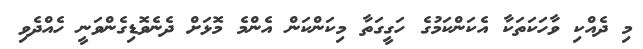
މި ދެއްކި ވާހަކަތަކާ އެކަންކަމުގެ ހަގީގަތާ މިކަންކަން އެންމެ މޮޅަށް ދެނެވޮޑިގެންވަނީ ހެއްދެވި